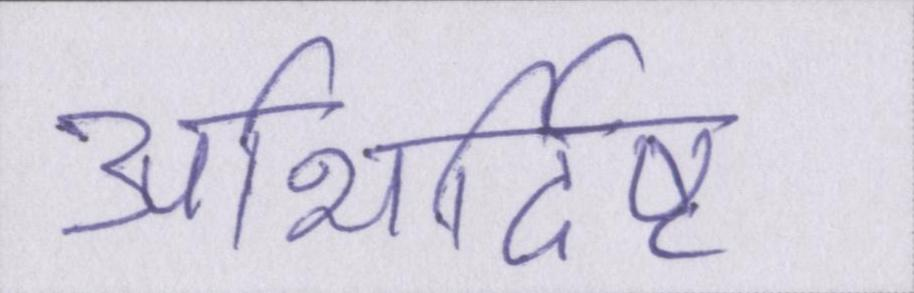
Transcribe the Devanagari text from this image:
अभिर्दिष्ट